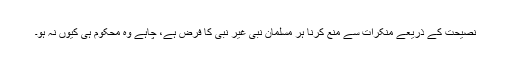
نصیحت کے ذریعے منکرات سے منع کرنا ہر مسلمان نبی غیر نبی کا فرض ہے، چاہے وہ محکوم ہی کیوں نہ ہو۔